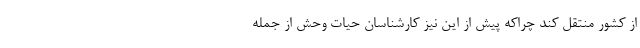
از کشور منتقل کند چراکه ‌پیش از این نیز کارشناسان حیات وحش از جمله